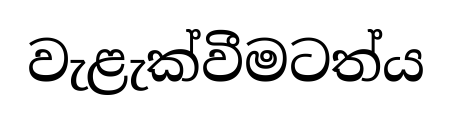
වැළැක්වීමටත්ය